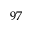
9 7